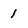
Character: 1